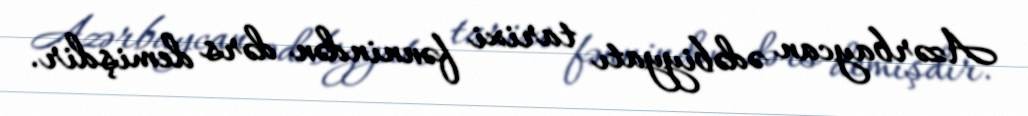
Azərbaycan ədəbiyyatı tarixi fənnindən dərs demişdir.